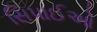
સિપાઈઓ